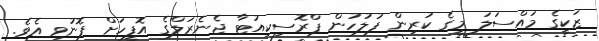
ޒަކީގެ މައްސަލަ މީގެ ކުރިން ފުލުހުން ޕްރޮސިކިއުޓާ ޖެނެރަލްގެ އޮފީހަށް ފޮނުވި އެވެ.